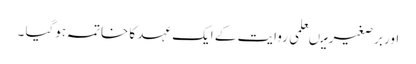
اور برصغیر میںعلمی روایت کے ایک عہد کا خاتمہ ہوگیا ۔